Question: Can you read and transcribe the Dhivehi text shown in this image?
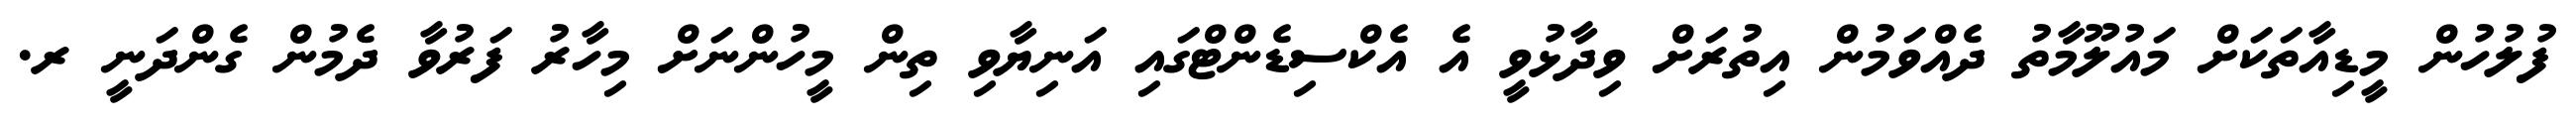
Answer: ފުލުހުން މީޑިއާތަކަށް މައުލޫމާތު ދެއްވަމުން އިތުރަށް ވިދާޅުވީ އެ އެކްސިޑެންޓްގައި އަނިޔާވި ތިން މީހުންނަށް މިހާރު ފަރުވާ ދެމުން ގެންދަނީ ރ.